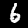
Digit: 6